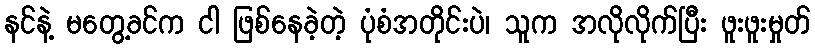
နင်နဲ့ မတွေ့ခင်က ငါ ဖြစ်နေခဲ့တဲ့ ပုံစံအတိုင်းပဲ၊ သူက အလိုလိုက်ပြီး ဖူးဖူးမှုတ်